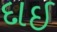
દાઇ